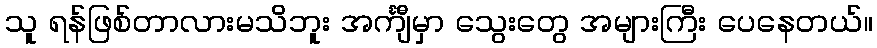
သူ ရန်ဖြစ်တာလားမသိဘူး အင်္ကျီမှာ သွေးတွေ အများကြီး ပေနေတယ်။